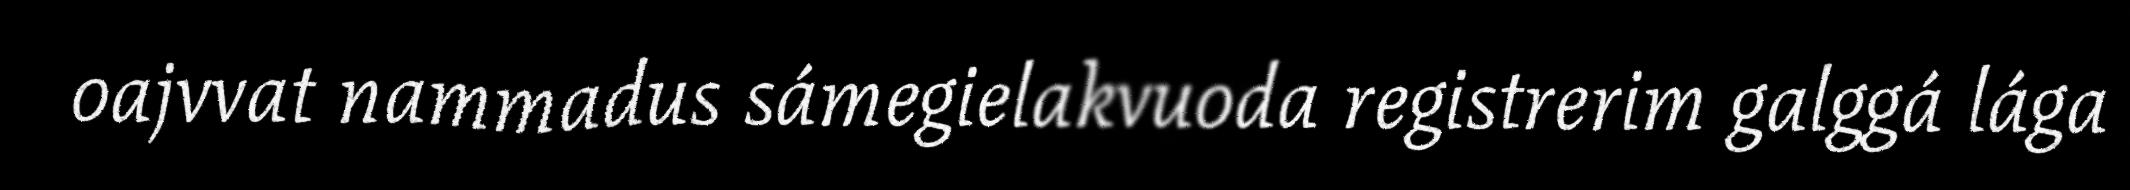
oajvvat nammadus sámegielakvuoda registrerim galggá lága